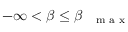
- \infty < \beta \le \beta _ { \mathrm { ~ { ~ \scriptsize ~ m ~ a ~ x ~ } ~ } }